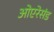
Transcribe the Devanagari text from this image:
ओएरेसंड